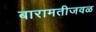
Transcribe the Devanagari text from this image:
बारामतीजवळ